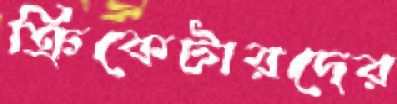
ক্রিকেটারদের